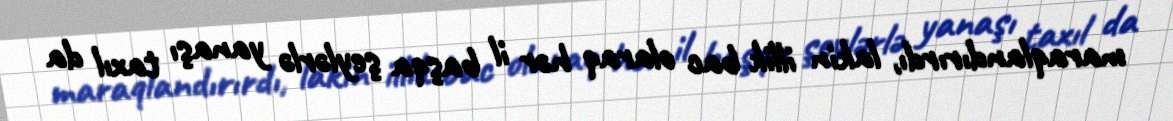
maraqlandırırdı, lakin illik bac olaraq hər il başqa şeylərlə yanaşı taxıl da